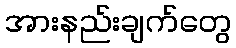
အားနည်းချက်တွေ